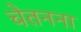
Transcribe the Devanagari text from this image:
चेतनना